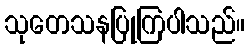
သုတေသနပြုကြပါသည်။